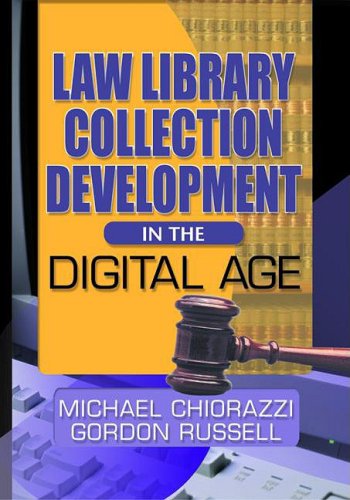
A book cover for Law Library Collection Development in the Digital Age; Gordon Russell; Law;